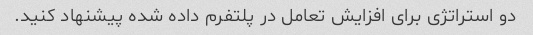
دو استراتژی برای افزایش تعامل در پلتفرم داده شده پیشنهاد کنید.